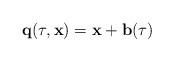
LaTeX: \begin{align*}{\bf q}(\tau,{\bf x})={\bf x}+ {\bf b}(\tau)\end{align*}